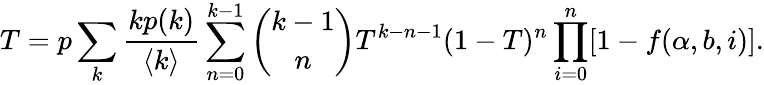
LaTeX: T=p\sum_{k}\frac{kp(k)}{\langle k\rangle}\sum_{n=0}^{k-1}\binom{k-1}{n}T^{k-n-1}(1-T)^{n}\prod_{i=0}^{n}[1-f(\alpha,b,i)].